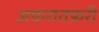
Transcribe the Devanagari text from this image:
अफ़रातफ़री